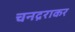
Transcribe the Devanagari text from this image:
चनद्रराकर